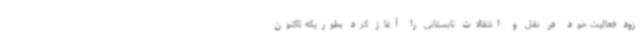
زود فعالیت خود در نقل و انتقالات تابستانی را آغاز کرد بطوریکه تاکنون